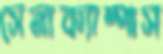
সেনাক্যাম্পাস